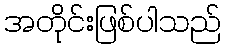
အတိုင်းဖြစ်ပါသည်